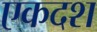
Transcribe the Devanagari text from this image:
एकदश